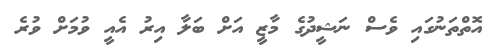
އޮތްތަނުގައި ވެސް ނަޝީދުގެ މާޒީ އަށް ބަލާ އިރު އެއީ ވުމަށް ވުރެ